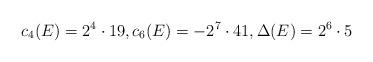
LaTeX: \begin{align*} c_4(E) = 2^4 \cdot 19, c_6(E) = -2^7 \cdot 41, \Delta(E) = 2^6 \cdot 5\end{align*}